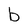
Character: b